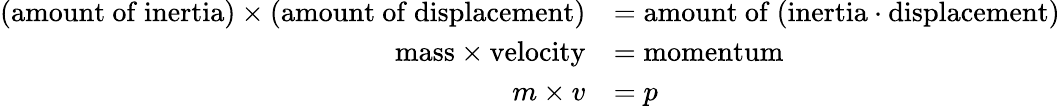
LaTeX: {\begin{array}{rl}{({\mathrm{amount~of~inertia}})\times({\mathrm{amount~of~displacement}})}&{={\mathrm{amount~of~(inertia⋅displacement)}}}\\ {{\mathrm{mass}}\times{\mathrm{velocity}}}&{={\mathrm{momentum}}}\\ {m\times v}&{=p}\end{array}}